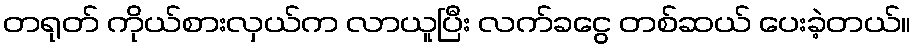
တရုတ် ကိုယ်စားလှယ်က လာယူပြီး လက်ခငွေ တစ်ဆယ် ပေးခဲ့တယ်။